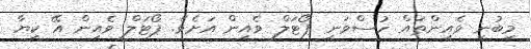
މިބުނި ވެއިންތައް ހުސްވަނީ ޕޯޓަލް ވެއިން އަށެވެ. ޕޯޓަލް ވެއިން އޭ ކިޔާ